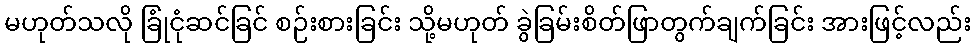
မဟုတ်သလို ခြုံငုံဆင်ခြင် စဉ်းစားခြင်း သို့မဟုတ် ခွဲခြမ်းစိတ်ဖြာတွက်ချက်ခြင်း အားဖြင့်လည်း